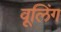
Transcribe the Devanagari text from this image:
वूलिंग